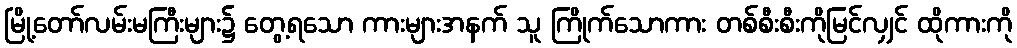
မြို့တော်လမ်းမကြီးများ၌ တွေ့ရသော ကားများအနက် သူ ကြိုက်သောကား တစ်စီးစီးကိုမြင်လျှင် ထိုကားကို